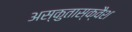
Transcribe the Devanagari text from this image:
अस्कुतास्क्वैश